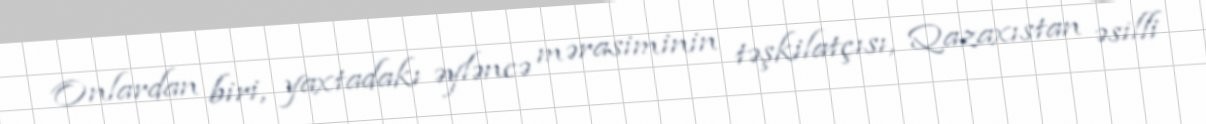
Onlardan biri, yaxtadakı əyləncə mərasiminin təşkilatçısı, Qazaxıstan əsilli